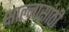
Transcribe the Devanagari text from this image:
क्षाल्नासाठी